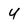
Character: u